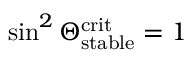
\sin ^ { 2 } \Theta _ { \mathrm { s t a b l e } } ^ { \mathrm { c r i t } } = 1